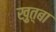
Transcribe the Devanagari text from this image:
ख़ुत़्बा